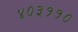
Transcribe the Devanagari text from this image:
४०३११०